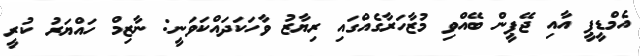
އެމްޑީޕީ އާއި ޖޭޕީން ބޭއްވި މުޒާހަރާގެއްގައި ރިޔާޒު ވާހަކަދައްކަވަނީ: ނާޒިމް ހައްޔަރު ކުރީ